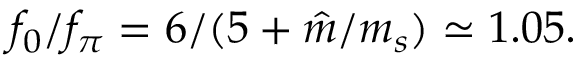
f _ { 0 } / f _ { \pi } = 6 / ( 5 + \hat { m } / m _ { s } ) \simeq 1 . 0 5 .